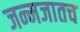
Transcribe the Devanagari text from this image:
जन्मजातच